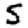
Digit: 5